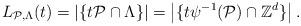
\begin{align*} L_{\mathcal{P}, \Lambda}(t) = \left| \{ t\mathcal{P} \cap \Lambda \} \right| = \left| \{ t\psi^{-1}(\mathcal{P}) \cap \mathbb{Z}^d \} \right|.\end{align*}